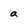
Character: a